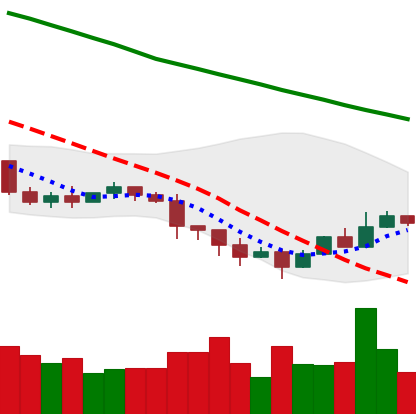
Ticker: ETC-USD
Chart end date: 2022-01-16
Forward return: -19.784%
Label: down_7plus